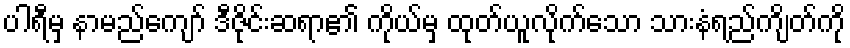
ပါရီမှ နာမည်ကျော် ဒီဇိုင်းဆရာ၏ ကိုယ်မှ ထုတ်ယူလိုက်သော သားနံရည်ကျိတ်ကို